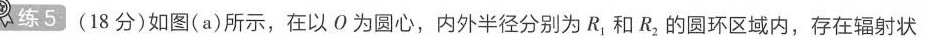
练5(18分)如图(a)所示，在以О为圆心，内外半径分别为R_{1}和R_{2}的圆环区域内，存在辐射状